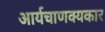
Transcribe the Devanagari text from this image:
आर्यचाणक्यकार